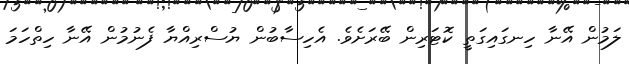
ލަމުން އޭނާ ހިނގައިގަތީ ކޮޓަރިން ބޭރަށެވެ. އެހިސާބުން ޔުސްރިއްޔާ ފެނުމުން އޭނާ ހިތްހަމަ